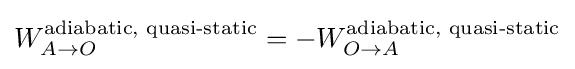
W_{A\to O}^{\text{adiabatic, quasi-static}}=-W_{O\to A}^{\text{adiabatic, quasi-static}}